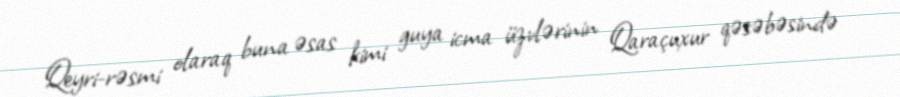
Qeyri-rəsmi olaraq buna əsas kimi guya icma üzvlərinin Qaraçuxur qəsəbəsində